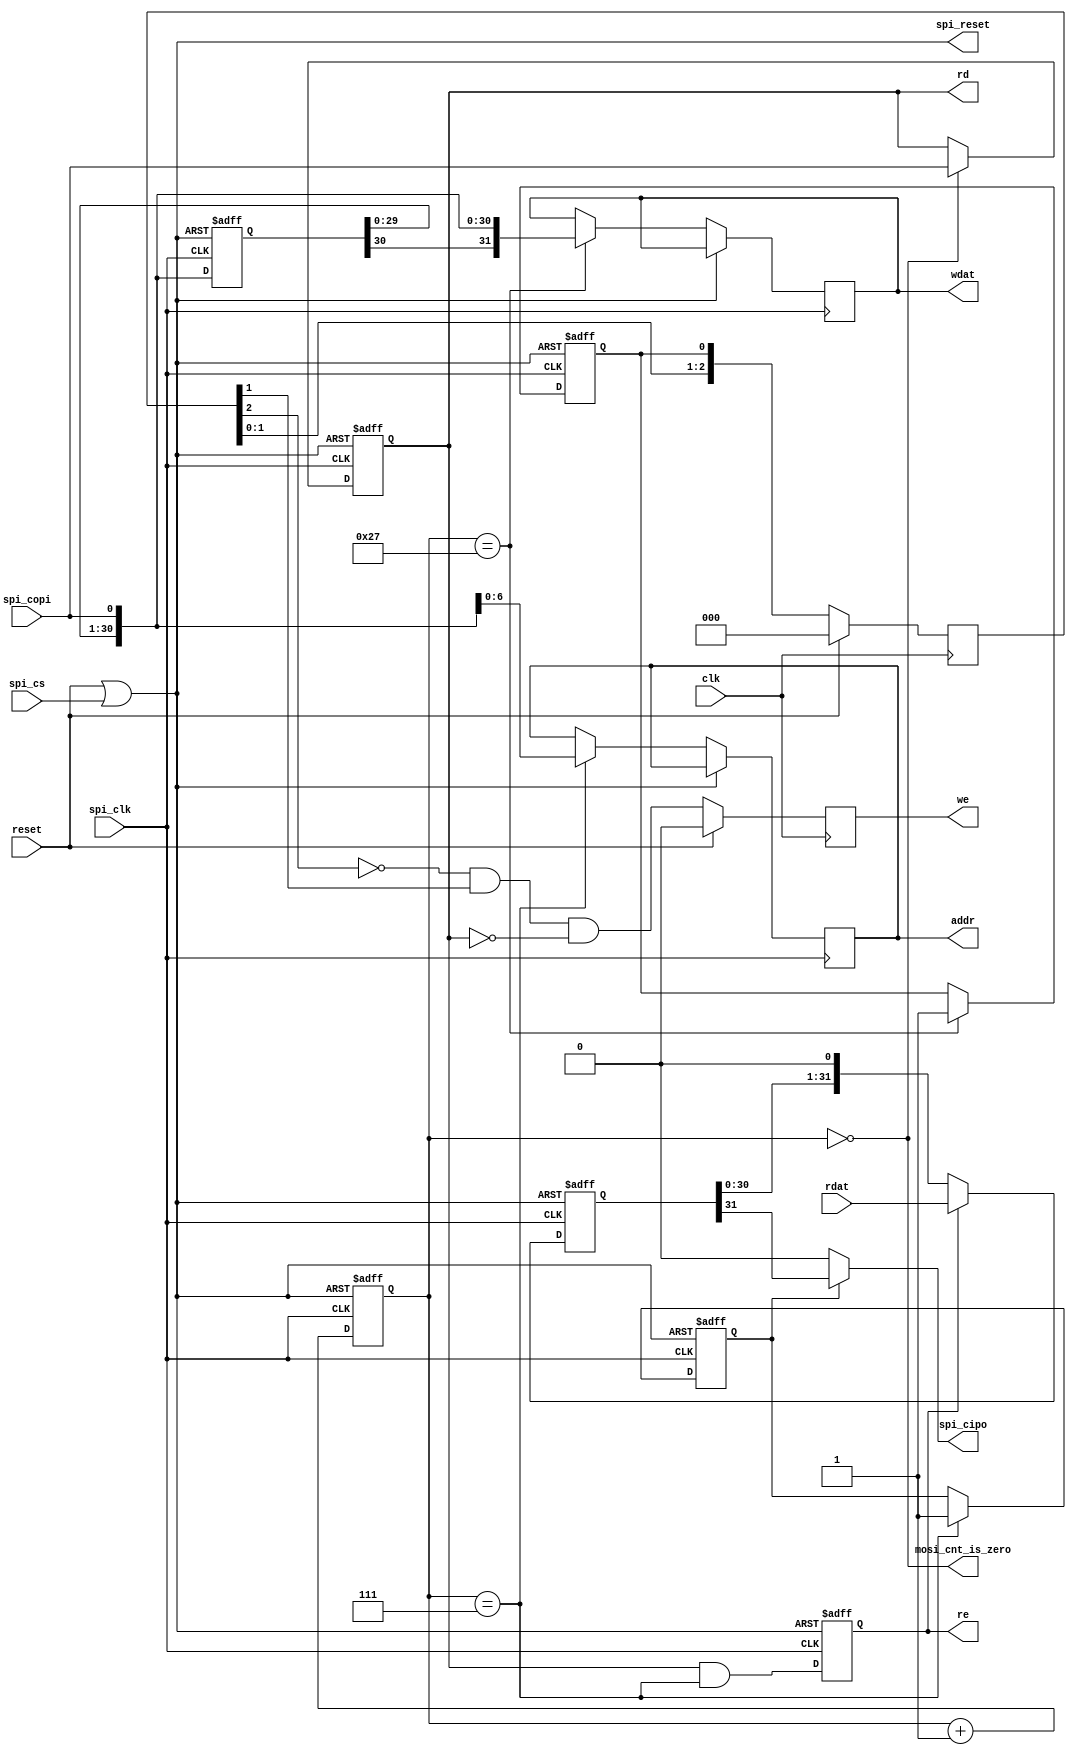
// spi_peripheral.v: SPI Bus interface for 128 x 32
// 2009-02-28 E. Brombaugh
// 2009-03-22 E. Brombaugh - backported early read logic
//
// This is a simple SPI (serial peripheral interface) peripheral module.
// These SPI parameters are used in this module:
//   CPOL = 0 (spi_clk idles low)
//   CPHA = 0 (data clocked in on rising edge when CPOL is 1)
//
// Note:  addr/wdat are synchronous to the SPI clock. we & re are synchronized
//
// A SPI transfer consists of 40 bits, MSB first.
// The first bit is read/write_n.
// The next 7 are address bits.
// The last 32 are data bits
// Read data is sent in current transfer based on early address/direction

//`timescale 1 ns/1 ps
`default_nettype none

module spi_peripheral
#(
    parameter asz = 7,              // address size
    parameter dsz = 32              // databus word size
) (
    input wire clk,
    input wire reset,
    input wire spi_clk,
    input wire spi_copi,
    output wire spi_cipo,
    input wire spi_cs,
    output reg we,
    output reg re,
    output reg [dsz-1:0] wdat,
    output reg [asz-1:0]  addr,
    input wire [dsz-1:0] rdat,
    output reg rd,
    output wire spi_reset,
    output wire mosi_cnt_is_zero);

    reg [12:0]  mosi_cnt;           // input bit counter
    reg [dsz-1:0] mosi_shift;       // shift reg
    reg eoa;                        // end of address flag
    reg eot;                        // end of transfer flag
    assign spi_reset = reset | spi_cs;  // combined reset

    `ifdef COCOTB_SIM
        initial begin
            $dumpfile ("spi_peripheral.vcd");
            $dumpvars (0, spi_peripheral);
            #1;
        end
    `endif

    assign mosi_cnt_is_zero = mosi_cnt == 0;
    always @(posedge spi_clk or posedge spi_reset)
        if (spi_reset)
        begin
            mosi_cnt <= 'b0;
            mosi_shift <= 'b0;
            eoa <= 'b0;
            re <= 'b0;
            rd <= 'b0;
            eot <= 'b0;
        end else begin
            // Counter keeps track of bits received
            mosi_cnt <= mosi_cnt + 1;

            // Shift register grabs incoming data
            mosi_shift <= {mosi_shift[dsz-2:0], spi_copi};

            // Grab Read bit
            if(mosi_cnt == 0)
                rd <= spi_copi;

            // Grab Address
            if(mosi_cnt == asz)
            begin
                addr <= {mosi_shift[asz-2:0],spi_copi};
                eoa <= 1'b1;
            end

            // Generate Read pulse, lasts for one spi_clk pulse
            re <= rd & (mosi_cnt == asz);

            if(mosi_cnt == (asz+dsz))
            begin
                // Grab data
                wdat <= {mosi_shift[dsz-2:0],spi_copi};

                // End-of-transmission (used to generate Write pulse)
                eot <= 1'b1;
            end
        end

    // outgoing shift register is clocked on falling edge
    reg [dsz-1:0] miso_shift;
    always @(negedge spi_clk or posedge spi_reset)
        if (spi_reset)
        begin
            miso_shift <= 'b0;
        end
        else
        begin
            if(re)
                miso_shift <= rdat;
            else
                miso_shift <= {miso_shift[dsz-2:0],1'b0};
        end

    // MISO is just msb of shift reg
    assign spi_cipo = eoa ? miso_shift[dsz-1] : 1'b0;

    // Delay/Sync & edge detect on eot to generate we
    reg [2:0] we_dly;
    always @(posedge clk)
        if(reset)
        begin
            we_dly <= 0;
            we <= 0;
        end
        else
        begin
            we_dly <= {we_dly[1:0],eot};
            we <= ~we_dly[2] & we_dly[1] & ~rd;
        end

endmodule